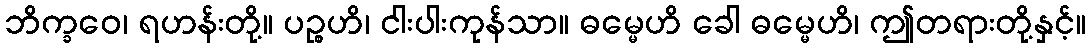
ဘိက္ခဝေ၊ ရဟန်းတို့။ ပဉ္စဟိ၊ ငါးပါးကုန်သာ။ ဓမ္မေဟိ ခေါ ဓမ္မေဟိ၊ ဤတရားတို့နှင့်။